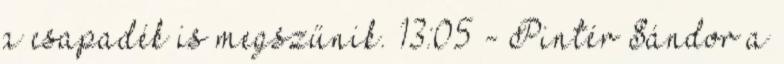
a csapadék is megszűnik. 13:05 - Pintér Sándor a